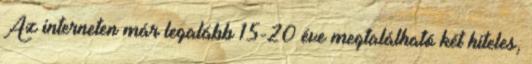
Az interneten már legalább 15-20 éve megtalálható két hiteles,